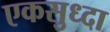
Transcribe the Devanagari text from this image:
एकसुध्दा